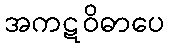
အကဋဝိဓာပေ